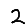
Digit: 2